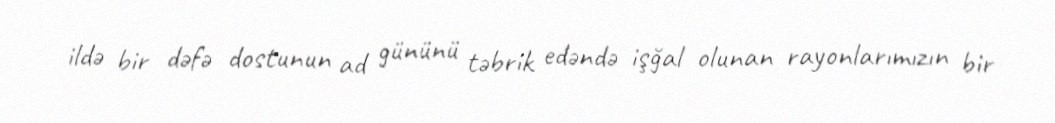
ildə bir dəfə dostunun ad gününü təbrik edəndə işğal olunan rayonlarımızın bir